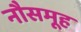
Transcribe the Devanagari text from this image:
नौसमूह